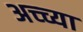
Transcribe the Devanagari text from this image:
अच्च्या